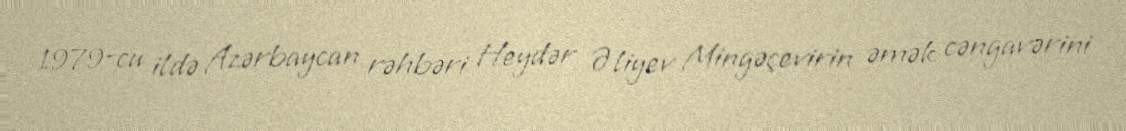
1979-cu ildə Azərbaycan rəhbəri Heydər Əliyev Mingəçevirin əmək cəngavərini